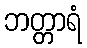
ဘတ္တာရံ